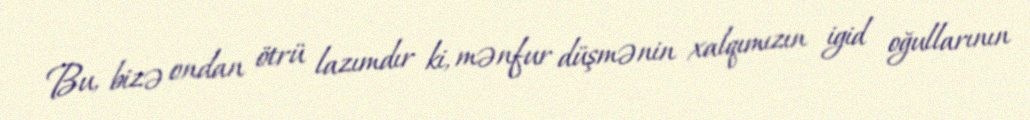
Bu, bizə ondan ötrü lazımdır ki, mənfur düşmənin xalqımızın igid oğullarının